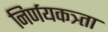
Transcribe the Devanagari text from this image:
निर्णयकत्र्ता